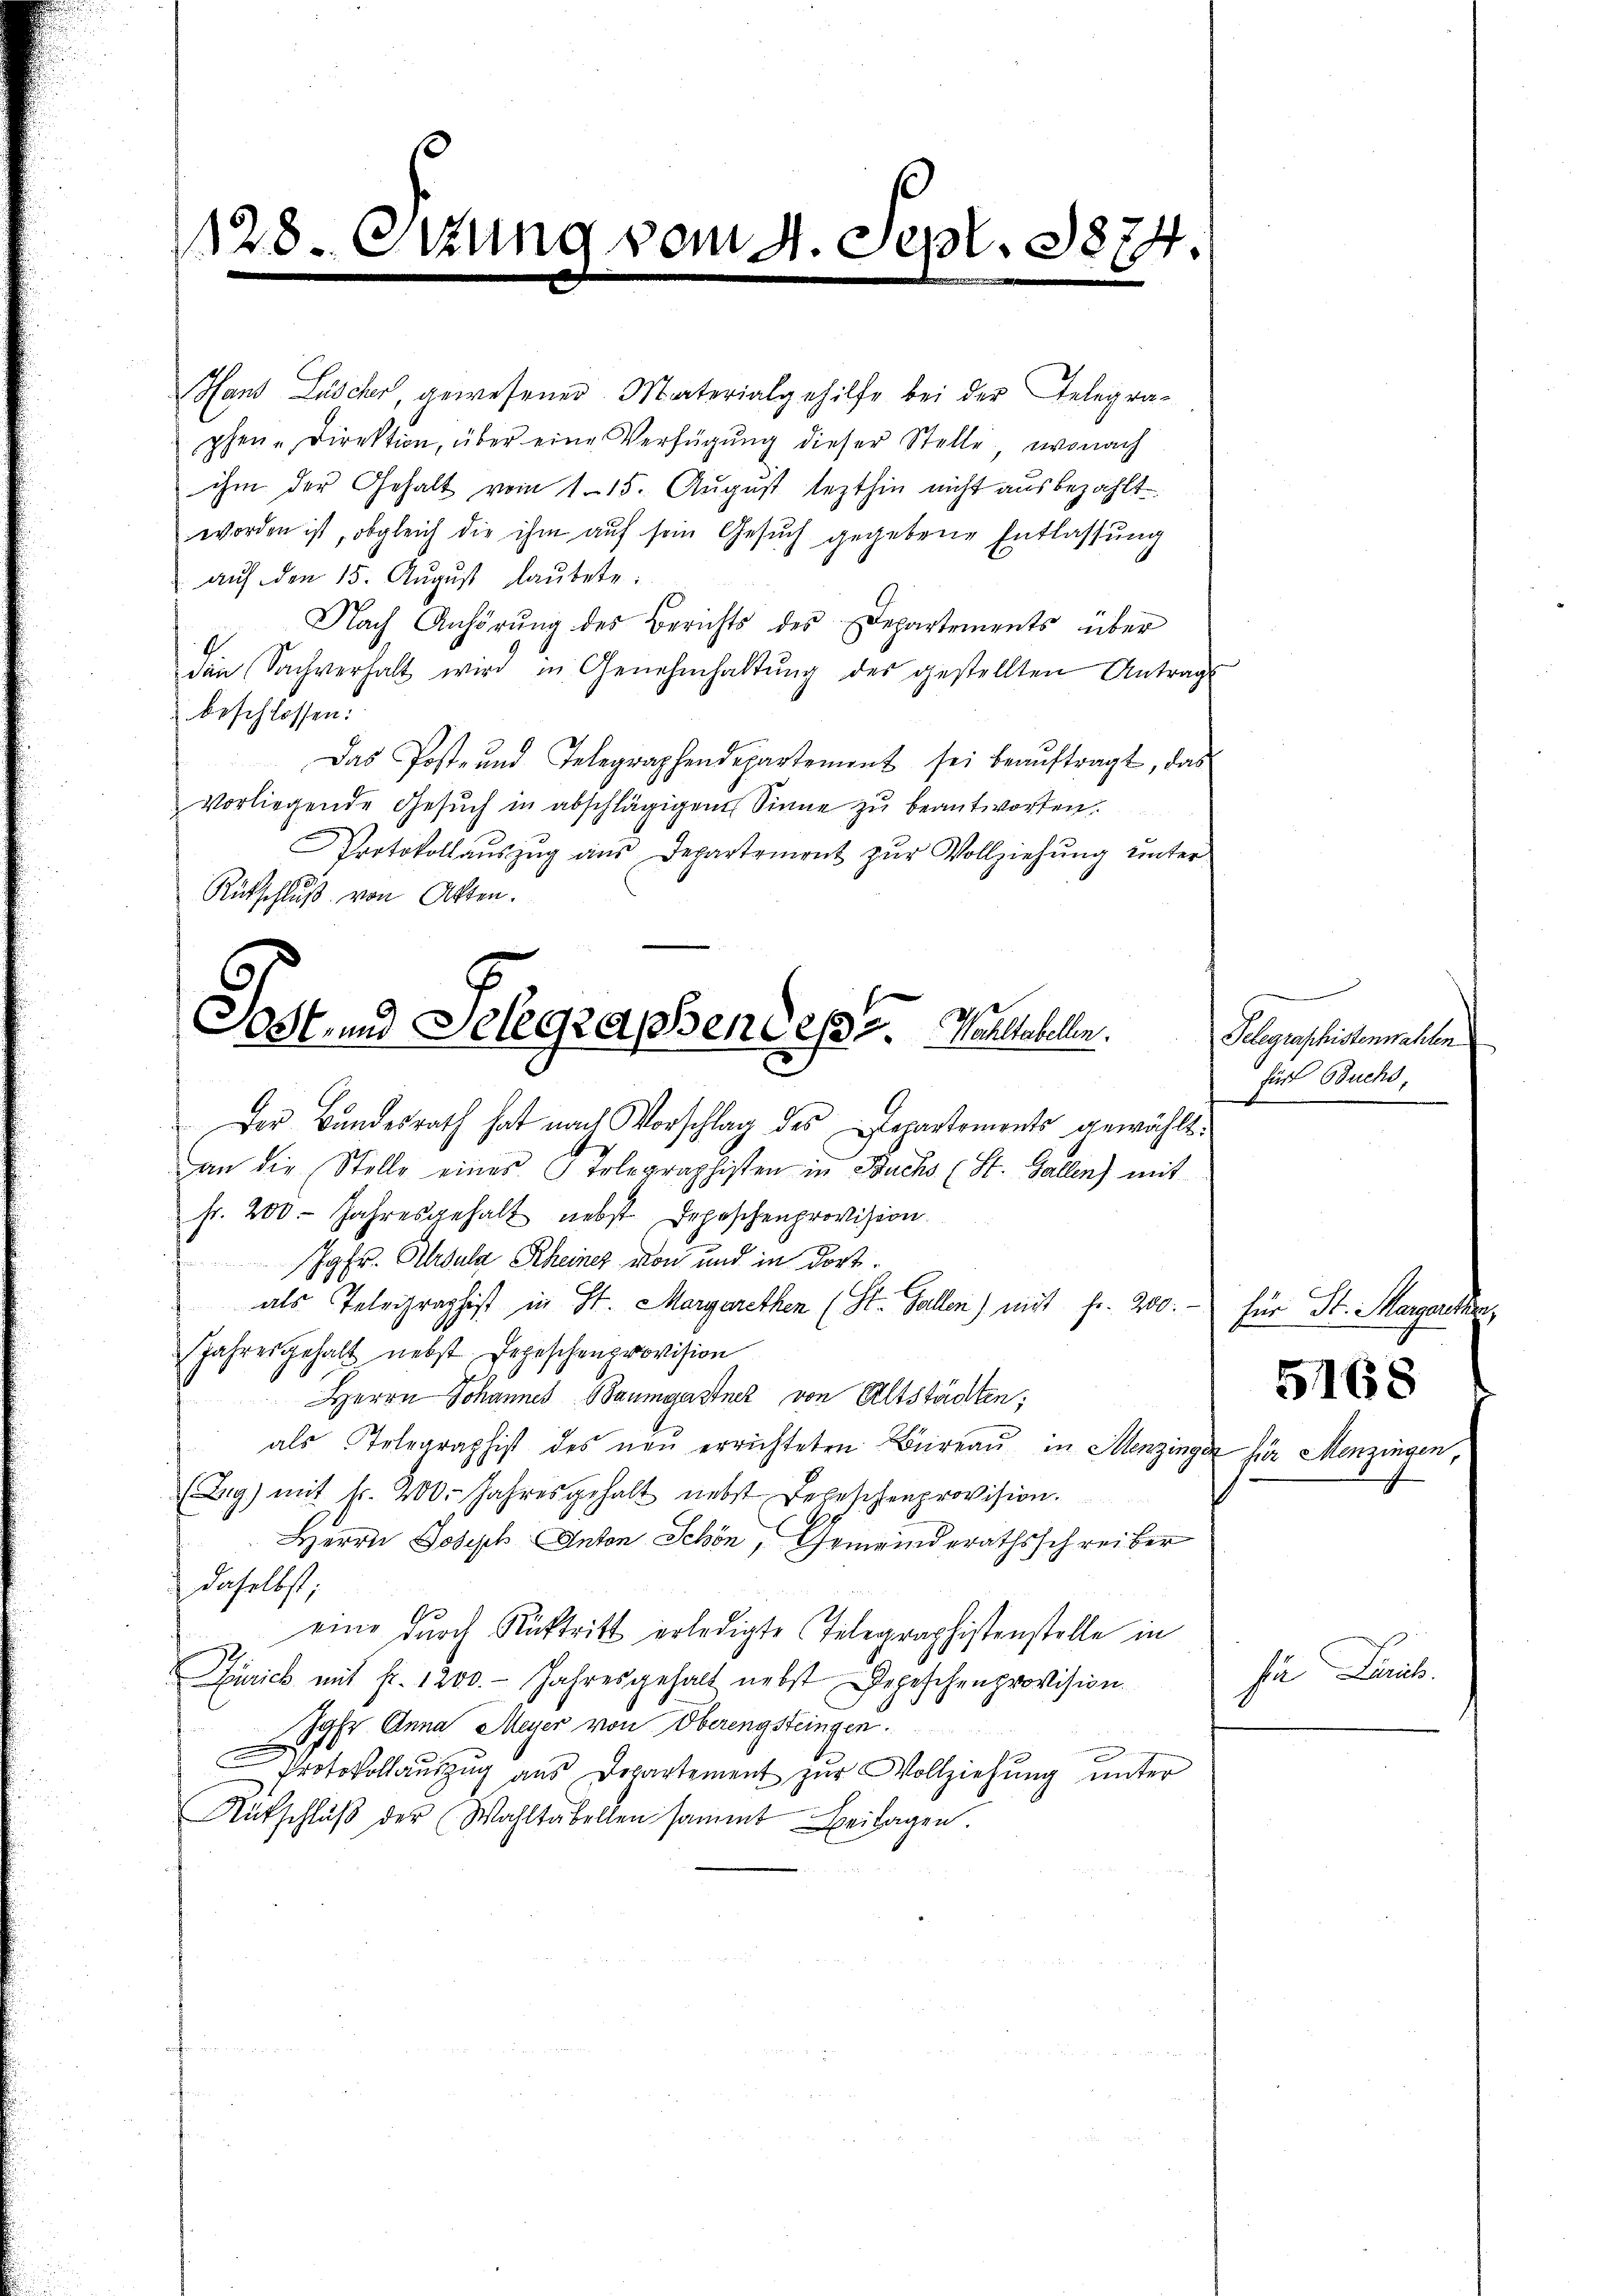
128. Ottung vom 4. Sept. 1874.

Hans Lüscher, gewesener Materialgehilfe bei der Gelegraphen-Direktion, über eine Verfügŭng dieser Stelle, wonach
ihm der Gehalt vom 1. 15. August lezthin nicht ausbezahlt
worden ist, obgleich die ihm auf sein Gesuch gegebene Entlassung
auf den 15. August lautete:
Nach Anhörung des Berichts des Departements über
den Sachverhalt wird in Genehmhaltŭng des gestellten Antrag
beschlossen:
Das Post- und Telegraphendepartement sei beaŭftragt, das
vorliegende Gesŭch in abschlägigem Sinne zŭ beantworten.
Protokoll aŭszŭg aŭs Departement zŭr Vollziehŭng ŭnter
Rückschluß von Akten.

Sost- und Gelegraphene et 2. Wohltabellen.

Der Bundesrath hat nach Vorschlag des Departements gewählt
an die Stelle eines Tolegraphisten in Buchs (St. Gallen) mit
fr. 200. Jahresgehalt nebst Depeschenprovision.
Jgfr. Alsula Rheiner von und in dort
als Telegraphist in St. Margarethen (St. Gallen) mit fr. 200.-
Jahresgehalt nebst Depeschenprovision
Herrn Johannes Baumgartner von Altstädten;
als Telegraphist des neŭ errichteten Büreaŭ in Menzinge
(Zug) mit fr. 200. Jahresgehalt nebst Depeschenprovision.
Herrn Joseph Anton Schön, Gemeinderathsschreiber
daselbst;
eine durch Rücktritt erledigte Telegraphistenstelle in
Zürich mit fr. 1200. - Jahresgehalt nebst Depeschenprovision
Jahr Anna Meyer von Oberengsteingen.
.
Protokollauszug aus Departement zur Vollziehung unter
Aŭfschlŭβ der Wahltabellen sammt Beilagen.

Telegraschistenwahlen
Für Buchs,

für St. Margarether,

für Menzins

5168

.

hr Dirich.